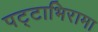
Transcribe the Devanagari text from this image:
पट्टाभिरामा